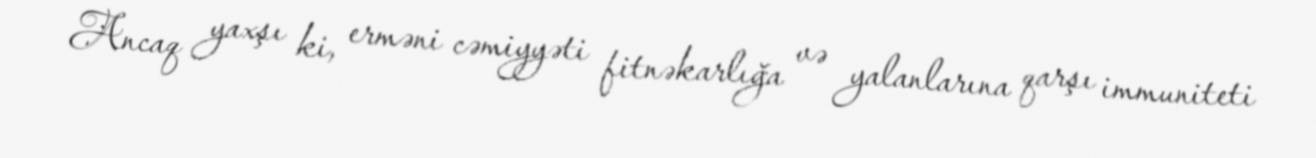
Ancaq yaxşı ki, erməni cəmiyyəti fitnəkarlığa və yalanlarına qarşı immuniteti